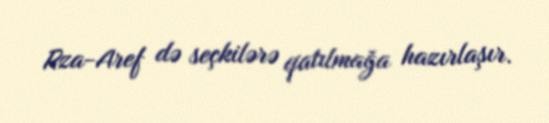
Rza-Aref də seçkilərə qatılmağa hazırlaşır.